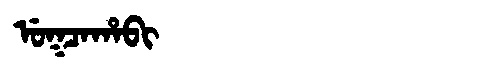
Manchu: ᡠᡴᠴᠠᡥᠠᠪᡳ
Romanization: UKCAHABI